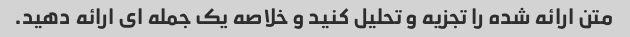
متن ارائه شده را تجزیه و تحلیل کنید و خلاصه یک جمله ای ارائه دهید.